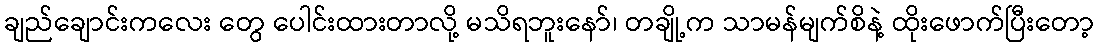
ချည်ချောင်းကလေး တွေ ပေါင်းထားတာလို့ မသိရဘူးနော်၊ တချို့က သာမန်မျက်စိနဲ့ ထိုးဖောက်ပြီးတော့